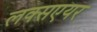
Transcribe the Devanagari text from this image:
लक्सएयर